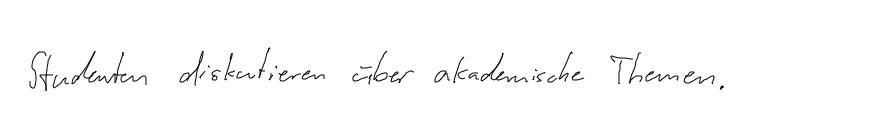
Studenten diskutieren über akademische Themen.